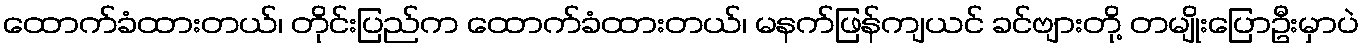
ထောက်ခံထားတယ်၊ တိုင်းပြည်က ထောက်ခံထားတယ်၊ မနက်ဖြန်ကျယင် ခင်ဗျားတို့ တမျိုးပြောဦးမှာပဲ